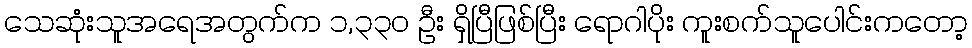
သေဆုံးသူအရေအတွက်က ၁,၃၃၀ ဦး ရှိပြီဖြစ်ပြီး ရောဂါပိုး ကူးစက်သူပေါင်းကတော့